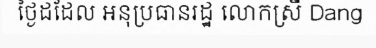
ថ្ងៃដដែល អនុប្រធានរដ្ឋ លោកស្រី Dang